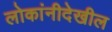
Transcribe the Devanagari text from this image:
लोकांनीदेखील